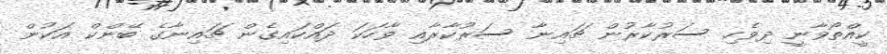
ކީއްތޯވާނީ ދިވެހި ސަރުކާރުން ޗައިނާ ސަރުކާރާއި ވާހަކަ ދައްކައިގެން ޗައިނާގެ ބޭންކް އަކުން